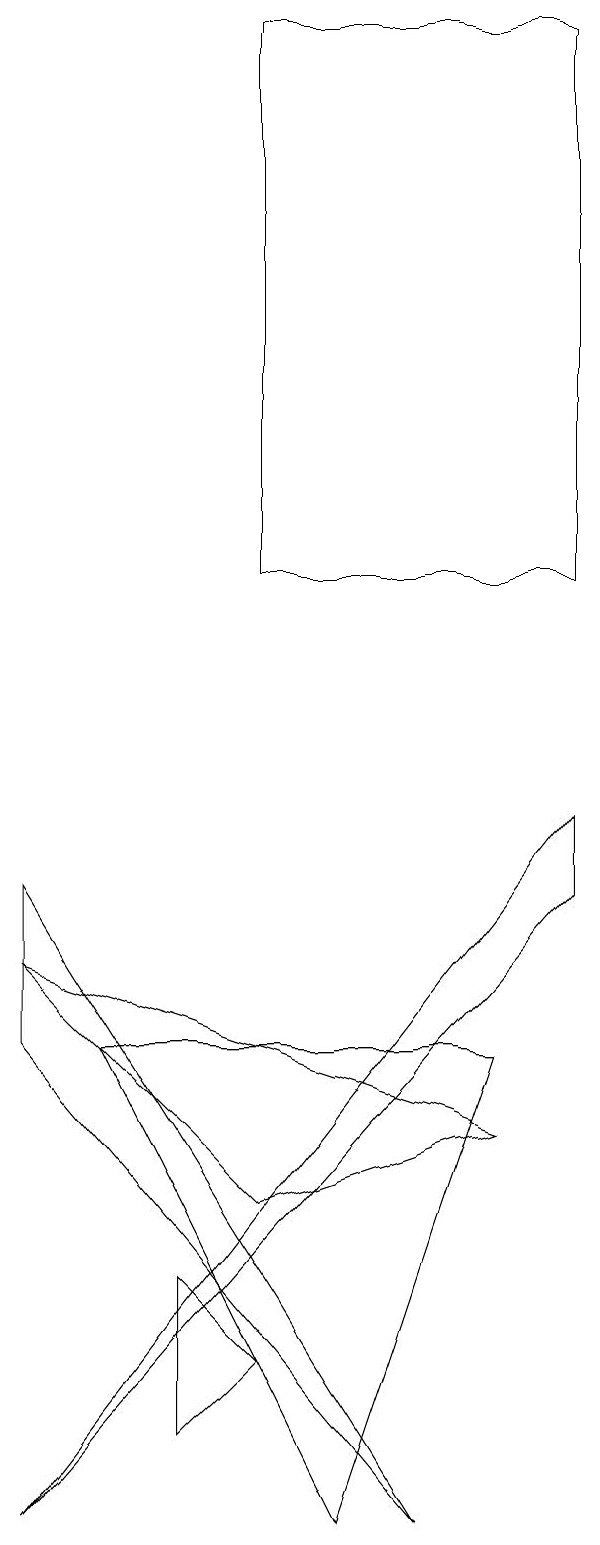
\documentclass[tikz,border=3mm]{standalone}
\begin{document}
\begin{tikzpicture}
\draw (3,3) -- (4,2) -- (3,1) -- cycle;
\draw (5,0) -- (7,6) -- (2,6) -- cycle;
\draw (1,7) -- (4,4) -- (7,5) -- cycle;
\draw (8,19) rectangle (4,12);
\draw (8,9) -- (1,0) -- (8,8) -- cycle;
\draw (6,0) -- (1,8) -- (1,6) -- cycle;
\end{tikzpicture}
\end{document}